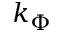
k _ { \Phi }